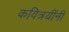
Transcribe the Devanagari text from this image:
कवित्रयींनी